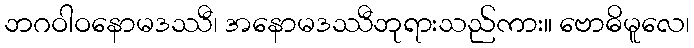
ဘဂဝါဝနောမဒဿီ၊ အနောမဒဿီဘုရားသည်ကား။ ဗောဓိမူလေ၊